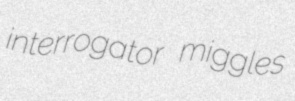
interrogator miggles